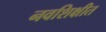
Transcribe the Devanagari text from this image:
नवशिक्षीत